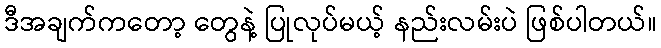
ဒီအချက်ကတော့ တွေနဲ့ ပြုလုပ်မယ့် နည်းလမ်းပဲ ဖြစ်ပါတယ်။